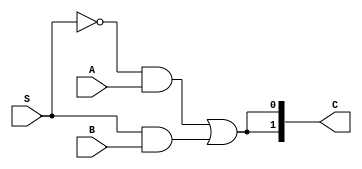
// -------------------------------------------------------
//  Course: HDL(2022-23)
//  Project: 2 to 1 MUX
//  Description: Module for 2 to 1 MUX
//  Owner: Tejeshwar
//  Indian Institute of Technology Bombay
// -------------------------------------------------------

module mux21(
    // Port list
    output [1:0]C,
    input A,
    input B,
    input S
);//{

    // Architecture/Design
    // C = ~S.A + S.B

    wire w1, w2, w3;

    assign C[0] = ((~S)&A) | (S&B);
    not(w1, S);       // w1 = ~S
    and(w2, w1, A);   // w2 = w1.A = ~S.A
    and(w3, S, B);    // w3 = S.B
    or(C[1], w2, w3);

endmodule //}